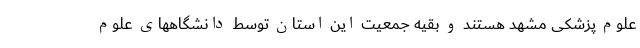
علوم پزشکی مشهد هستند و بقیه جمعیت این استان توسط دانشگاههای علوم